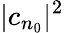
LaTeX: |c_{n_{0}}|^{2}